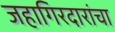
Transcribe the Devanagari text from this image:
जहागिरदारांचा